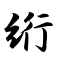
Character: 绗